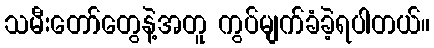
သမီးတော်တွေနဲ့အတူ ကွပ်မျက်ခံခဲ့ရပါတယ်။